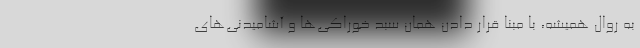
به روال همیشه، با مبنا قرار دادن همان سبد خوراکی‌ها و آشامیدنی‌های